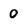
Character: 0